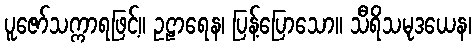
ပူဇော်သက္ကာရဖြင့်။ ဥဠာရေန၊ ပြန့်ပြောသော။ သီရိသမုဒယေန၊